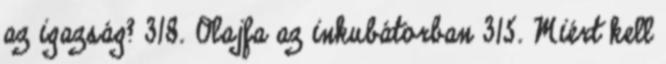
az igazság? 318. Olajfa az inkubátorban 315. Miért kell